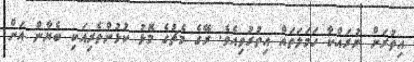
އިތުރަށް ނުރައްކާ ހަމަލަތައް އިތުރުވިއެވެ. ރޭގެ މެޗުގެ މޮޅު ކުޅުންތެރިއަކި ބެޔާން އަށް